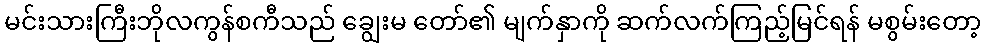
မင်းသားကြီးဘိုလကွန်စကီသည် ချွေးမ တော်၏ မျက်နှာကို ဆက်လက်ကြည့်မြင်ရန် မစွမ်းတော့